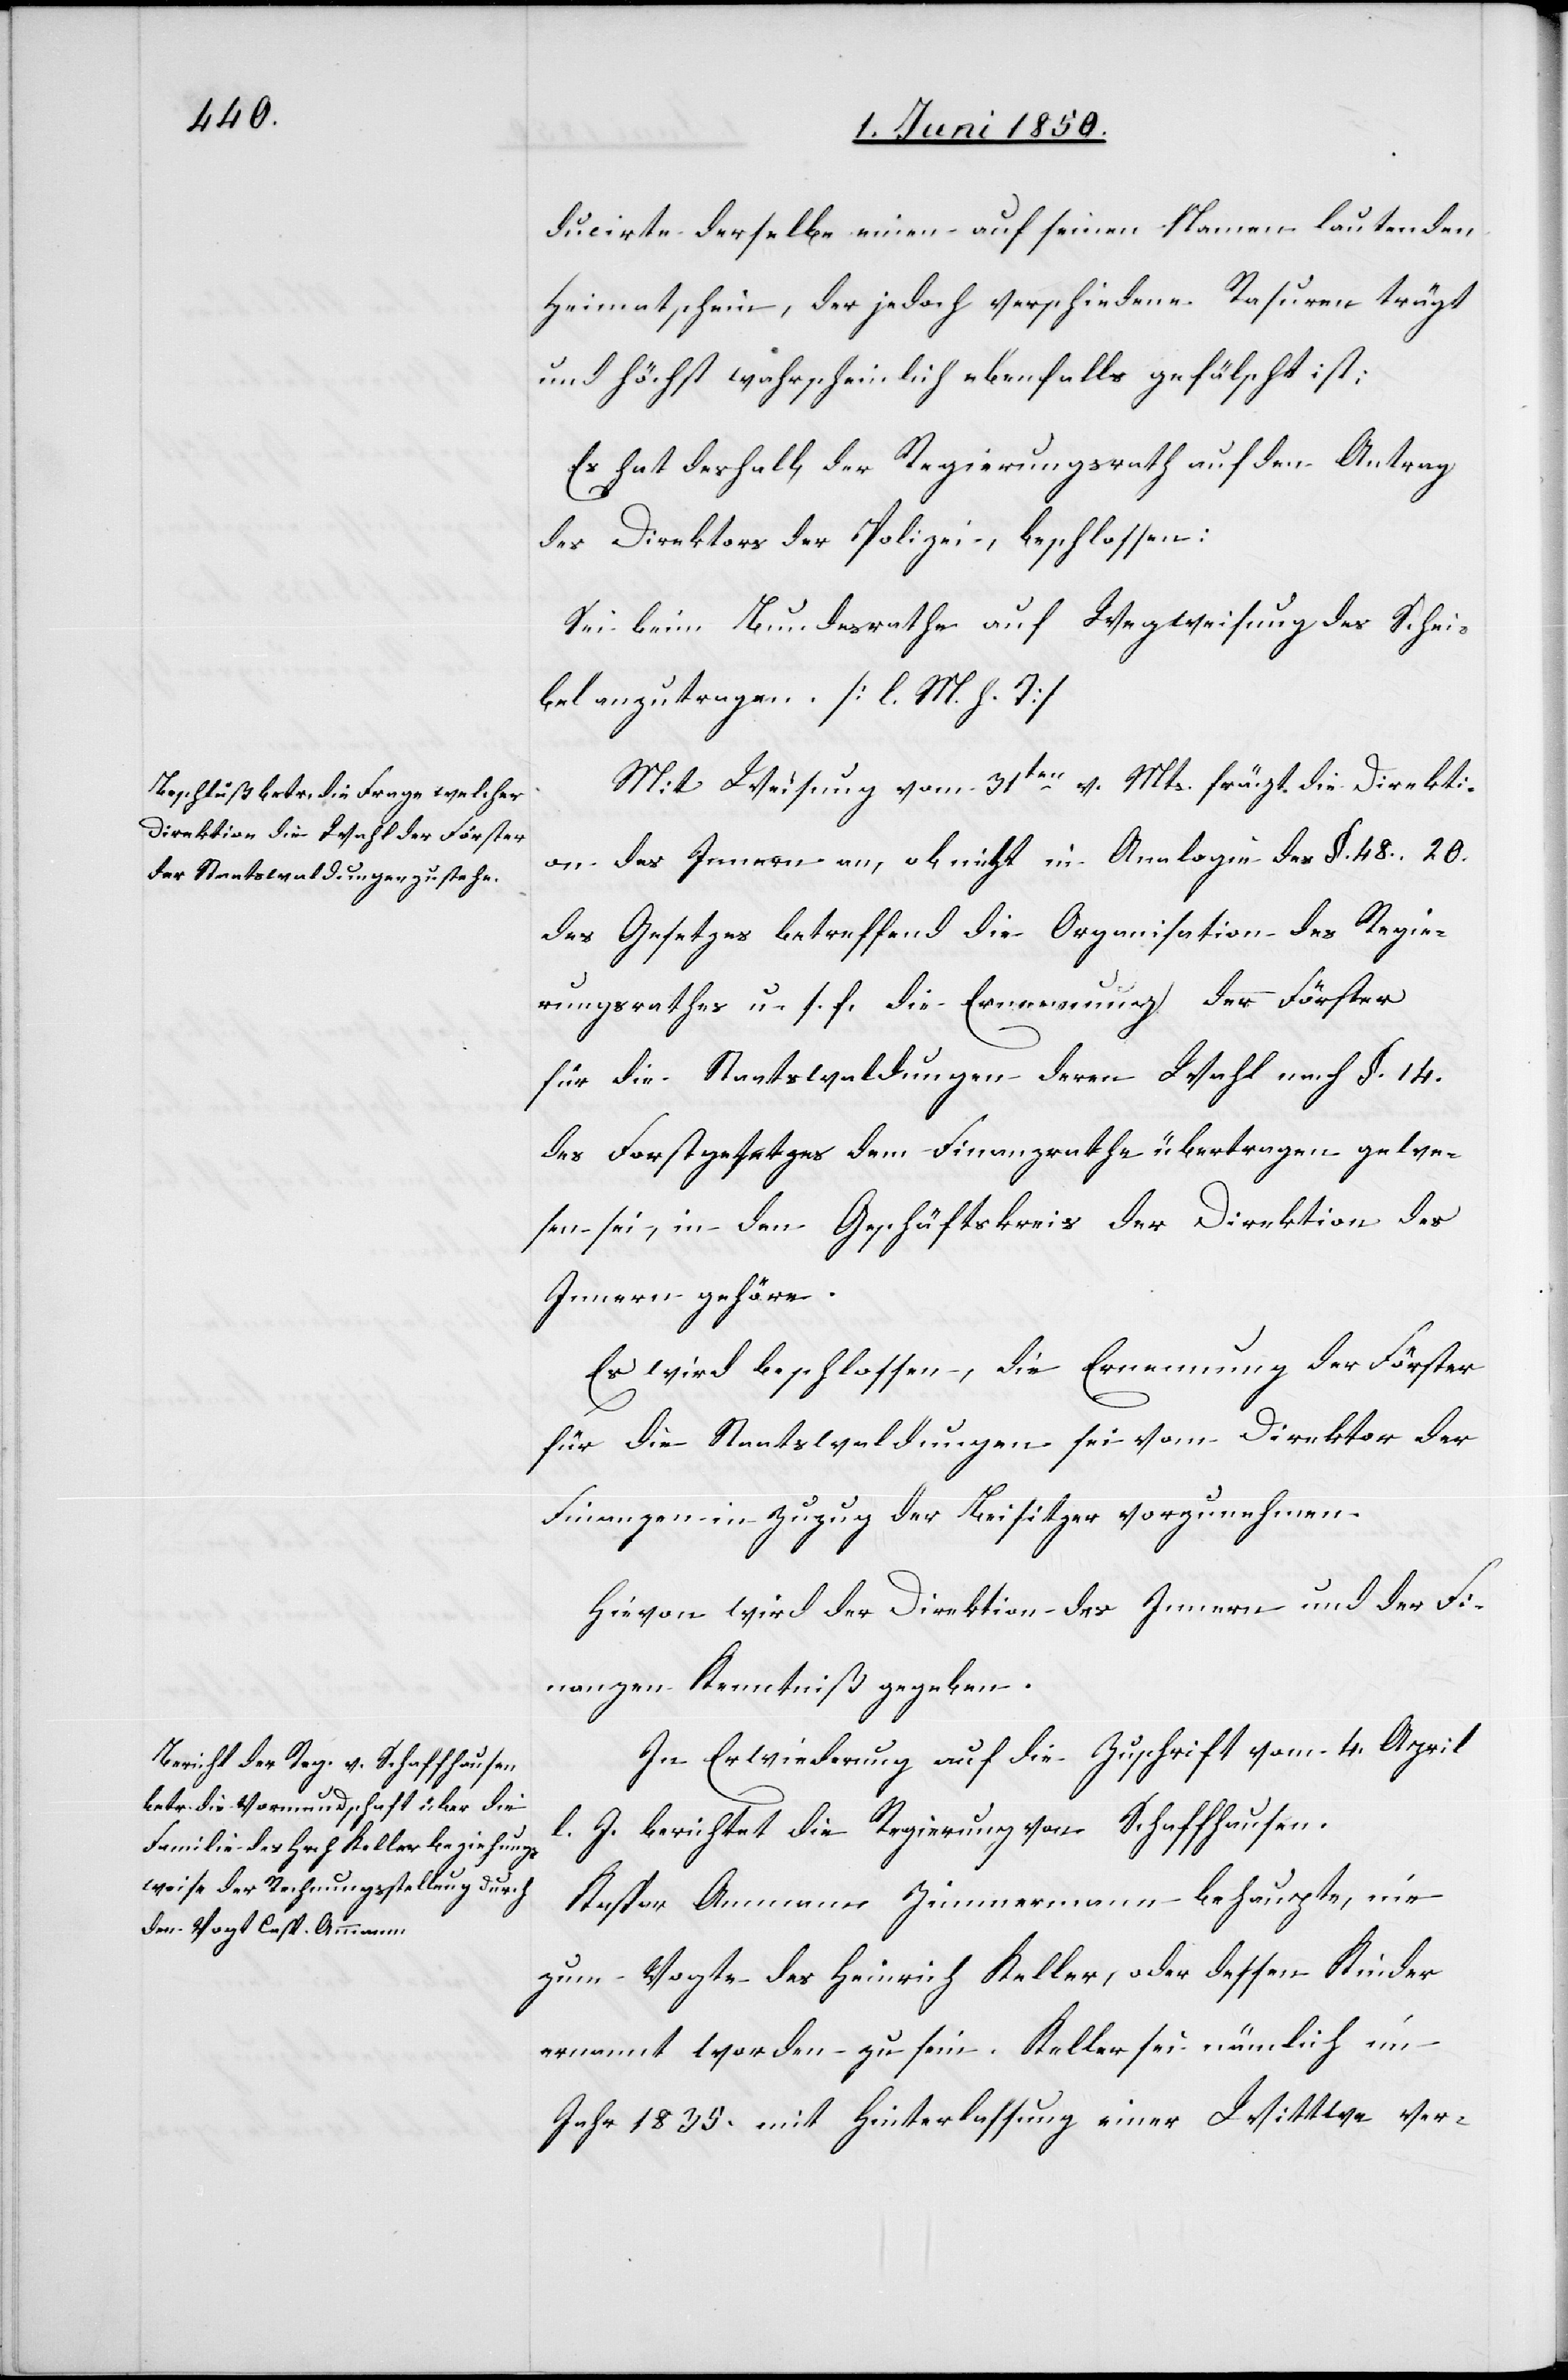
ducirte derselbe einen auf seinen Namen lautenden
Heimatschein, der jedoch verschiedene Rasuren trägt
und höchst wahrscheinlich ebenfalls gefälscht ist;
Es hat deshalb der Regierungsrath auf den Antrag
des Direktors der Polizei, beschlossen:
Sei beim Bundesrathe auf Wegweisung des Schei¬
bel anzutragen. [l. M. h. T]
Mit Weisung vom 31ten v. Mts. frägt die Direkti¬
on des Innern an, ob nicht in Analogie des §. 48. 20.
des Gesetzes betreffend die Organisation des Regie¬
rungsrathes u. s. f. die Erneuerung der Förster
für die Staatswaldungen deren Wahl nach §. 14.
des Forstgesetzes dem Finanzrathe übertragen gewe¬
sen sei, in den Geschäftskreis der Direktion des
Innern gehöre.
Es wird beschlossen, die Ernennung der Förster
für die Staatswaldungen sei vom Direktor der
Finanzen in Zuzug der Beisitzer vorzunehmen.
Hievon wird der Direktion des Innern und der Fi¬
nanzen Kenntniß gegeben.
In Erwiederung auf die Zuschrift vom 4. April
l. J. berichtet die Regierung von Schaffhausen.
Kaspar Ammann Zimmermann behaupte, nie
zum Vogte des Heinrich Keller, oder dessen Kinder
ernannt worden zu sein. Keller sei nämlich im
Jahr 1835. mit Hinterlassung einer Wittwe ver-